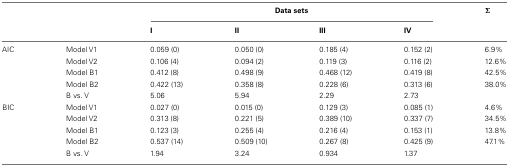
<table><thead><tr><td></td><td></td><td colspan="4"><b>Data sets</b></td><td><b>Σ</b></td></tr><tr><td></td><td></td><td><b>I</b></td><td><b>II</b></td><td><b>III</b></td><td><b>IV</b></td><td></td></tr></thead><tbody><tr><td>AIC</td><td>Model V1</td><td>0.059 (0)</td><td>0.050 (0)</td><td>0.185 (4)</td><td>0.152 (2)</td><td>6.9%</td></tr><tr><td></td><td>Model V2</td><td>0.106 (4)</td><td>0.094 (2)</td><td>0.119 (3)</td><td>0.116 (2)</td><td>12.6%</td></tr><tr><td></td><td>Model B1</td><td>0.412 (8)</td><td>0.498 (9)</td><td>0.468 (12)</td><td>0.419 (8)</td><td>42.5%</td></tr><tr><td></td><td>Model B2</td><td>0.422 (13)</td><td>0.358 (8)</td><td>0.228 (6)</td><td>0.313 (6)</td><td>38.0%</td></tr><tr><td></td><td>B vs. V</td><td>5.06</td><td>5.94</td><td>2.29</td><td>2.73</td><td></td></tr><tr><td>BIC</td><td>Model V1</td><td>0.027 (0)</td><td>0.015 (0)</td><td>0.129 (3)</td><td>0.085 (1)</td><td>4.6%</td></tr><tr><td></td><td>Model V2</td><td>0.313 (8)</td><td>0.221 (5)</td><td>0.389 (10)</td><td>0.337 (7)</td><td>34.5%</td></tr><tr><td></td><td>Model B1</td><td>0.123 (3)</td><td>0.255 (4)</td><td>0.216 (4)</td><td>0.153 (1)</td><td>13.8%</td></tr><tr><td></td><td>Model B2</td><td>0.537 (14)</td><td>0.509 (10)</td><td>0.267 (8)</td><td>0.425 (9)</td><td>47.1%</td></tr><tr><td></td><td>B vs. V</td><td>1.94</td><td>3.24</td><td>0.934</td><td>1.37</td><td></td></tr></tbody></table>